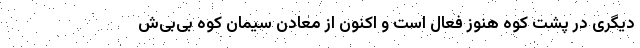
دیگری در پشت کوه هنوز فعال است و اکنون از معادن سیمان کوه بی‌بی‌ش